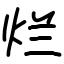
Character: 烂